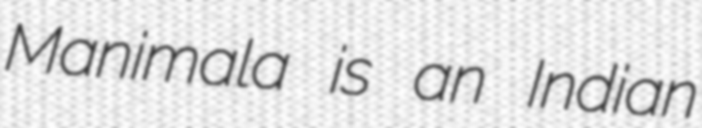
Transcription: Manimala is an Indian